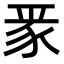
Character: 𮙛